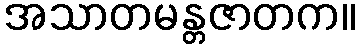
အသာတမန္တဇာတက။